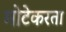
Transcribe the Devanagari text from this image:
मोटेकरता